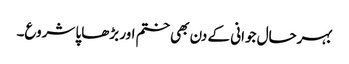
بہرحال جوانی کے دن بھی ختم اور بڑھاپا شروع۔